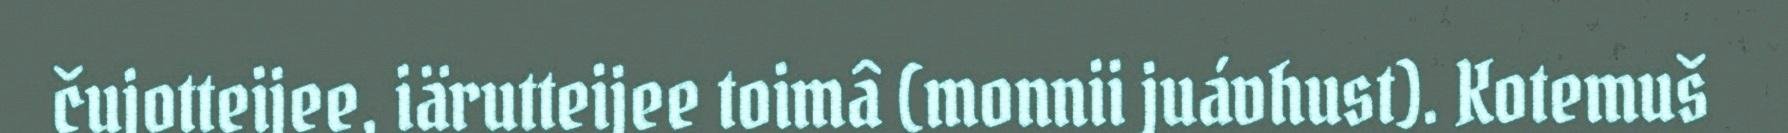
čujotteijee, iärutteijee toimâ (monnii juávhust). Kotemuš